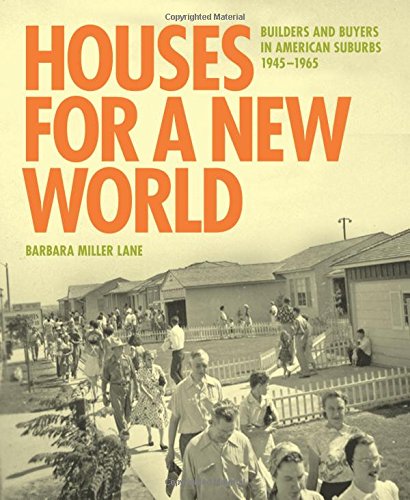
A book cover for Houses for a New World: Builders and Buyers in American Suburbs, 1945-1965; Barbara Miller Lane; Crafts, Hobbies & Home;